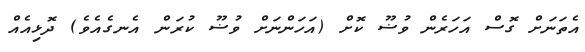
އެތަނަށް ގޮސް އަހަރެން ވުޟޫ ކޮށް (އަހަންނަށް ވުޟޫ ކުރަން އެނގެއެވެ) ދޮޅިއެއް